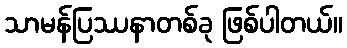
သာမန်ပြဿနာတစ်ခု ဖြစ်ပါတယ်။